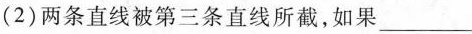
(2)两条直线被第三条直线所截，如果___